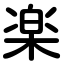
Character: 楽